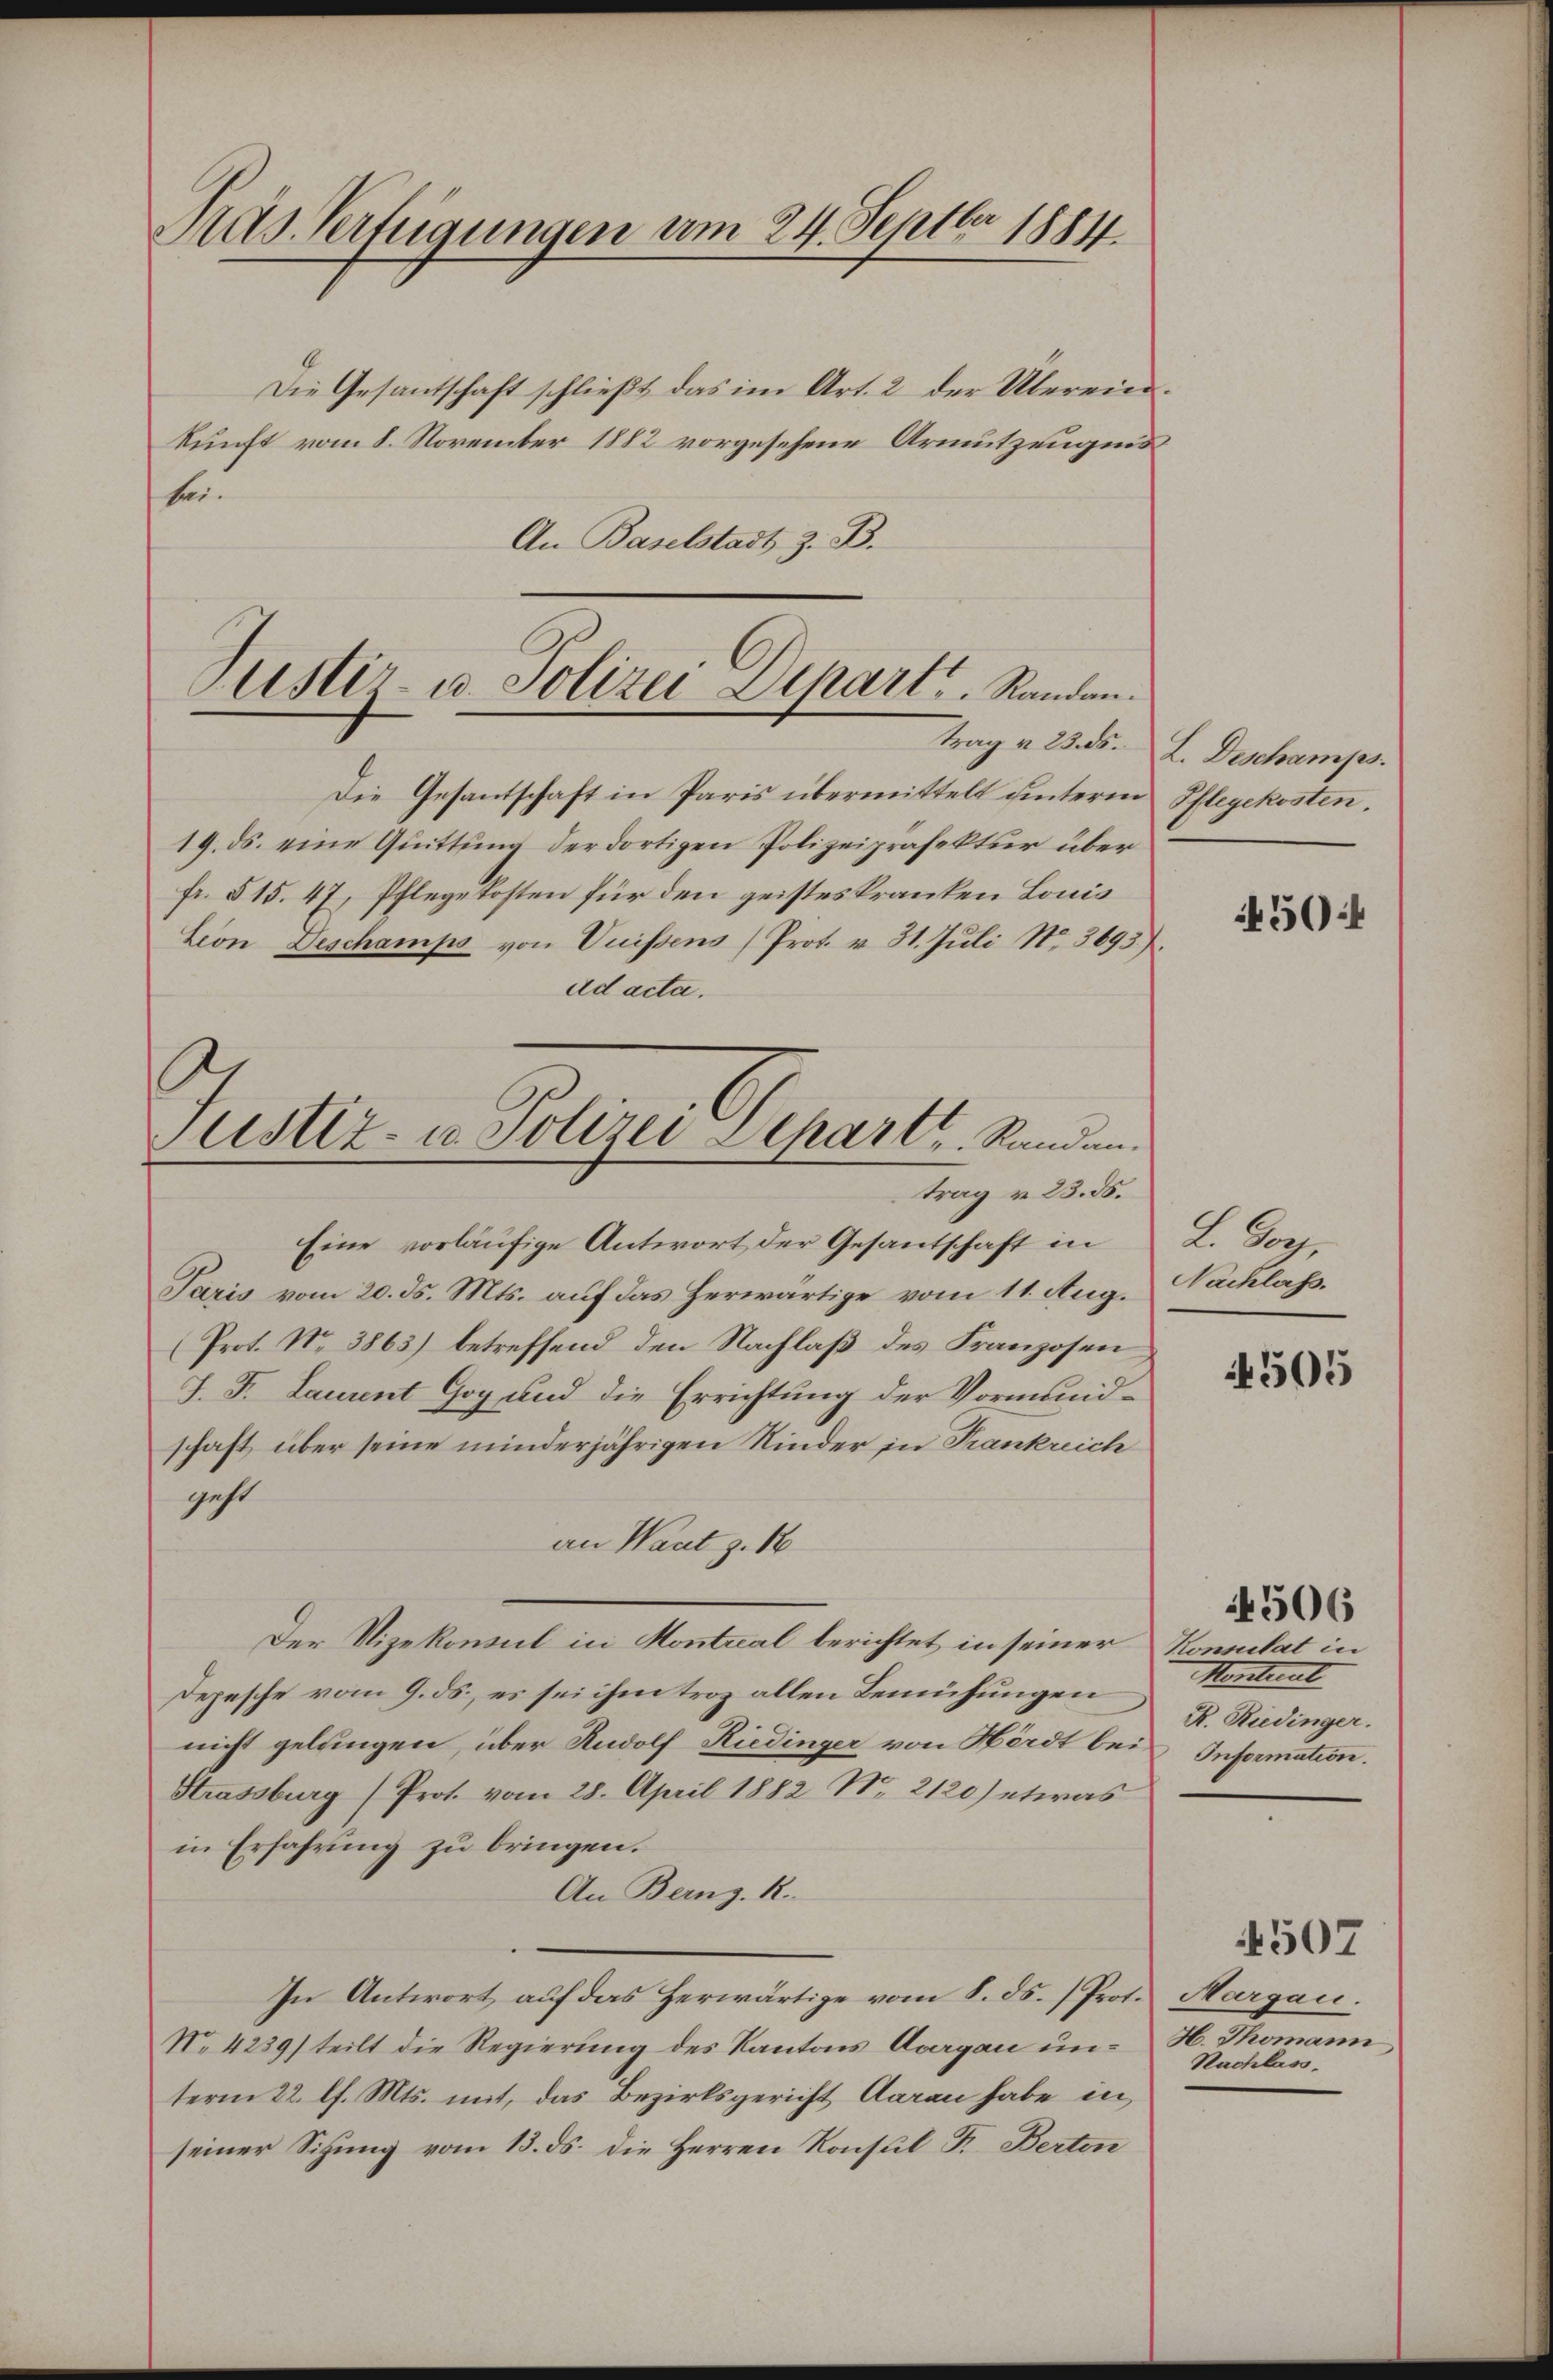
Fras Verfügungen am 24. Septbr 1884.

Die Gesantschaft schließt das im Art. 2 der Übereinkunft vom 8. November 1882 vorgesehene Armutzeugnis
te.
An Baselstadt z. B.

Justiz- u. Polizei Depart, Randau.

Justiz- u. Polizei Depart. Standen.
trag v. 23. 35.

Die Gesantschaft in Paris übermittelt hinterm Pflegekosten.
19. ds. eine Quittung der dortigen Polizeipräfektur über
fr. 515. 47, Pflegekosten für den geisteskranken Louis
Lion Deschamps von Vuissens (Prot. v. 31. Jŭli Nr. 3693).
ad acta.
Eine vorläufige Antwort der Gesantschaft in
Paris vom 20. ds. Mts. auf das Herwärtige vom 11. Aug.
(Prot. No 3863) betreffend den Nachlaß des Franzosen
J. J. Laurent Gog und die Errichtung der Vormundschaft über seine minderjährigen Kinder in Frankreich
geht
an Wart z. 18
Der Vizekonsul in Montral berichtet in seiner
Depesche vom 9. ds., es sei ihm troz allen Bemühungen
nicht gelangen, über Rudolf Riedinger von Herdt bei
Strassburg (Prot. vom 28. April 1882 N. 2120) etwas
in Erfahrung zu bringen.
An Bernz. R.
In Antwort auf das Herwärtige vom 8. ds. Prot. Margau.
No 4239) teilt die Regierung des Kantons Aargau unterm 22. l. Mts. mit, das Bezirksgericht Aarau habe in
seiner Sihung vom 13. ds. die Herren Konsul F. Berten

trag v. 23. ds. L. Deschamps.

450:4

L. Doch,
Nachlass.

4505

Konsulat in
Mentent
R. Riedinger.
Information.

506

H. Thomann
Nachlass.

4507